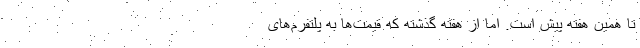
تا همین هفته پیش است. اما از هفته گذشته که قیمت‌ها به پلتفرم‌های